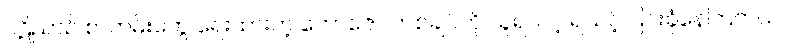
ပဋိညာဉ် စာတမ်းတွေ ရေးထားတဲ့ ကော်ဇော တစ်ချပ်ကို သူရသင့် ရသင့် ငြင်းခုံနေကြတယ်